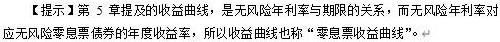
提示第 5 章提及的收益曲线，是无风险年利率与期限的关系，而无风险年利率对应无风险零息票债券的年度收益率，所以收益曲线也称 “零息票收益曲线”。